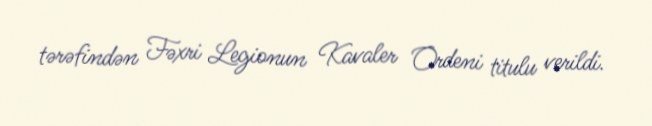
tərəfindən Fəxri Legionun Kavaler Ordeni titulu verildi.